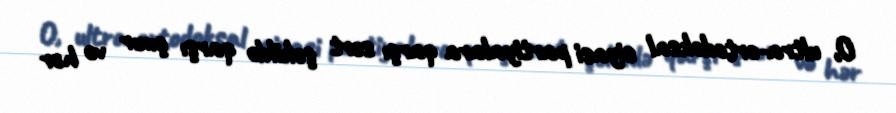
O, ultra-ortodoksal siyasi partiyalara qarşı sərt şəkildə qarşı çıxır və hər